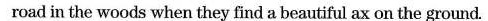
road in the woods when they find a beautiful ax on the ground.